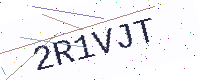
Text: 2R1VJT